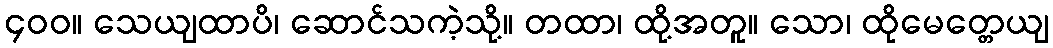
၄၀၀။ သေယျထာပိ၊ ဆောင်သကဲ့သို့။ တထာ၊ ထို့အတူ။ သော၊ ထိုမေတ္တေယျ